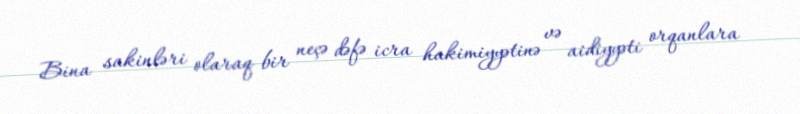
Bina sakinləri olaraq bir neçə dəfə icra hakimiyyətinə və aidiyyəti orqanlara